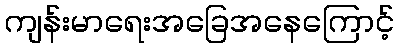
ကျန်းမာရေးအခြေအနေကြောင့်